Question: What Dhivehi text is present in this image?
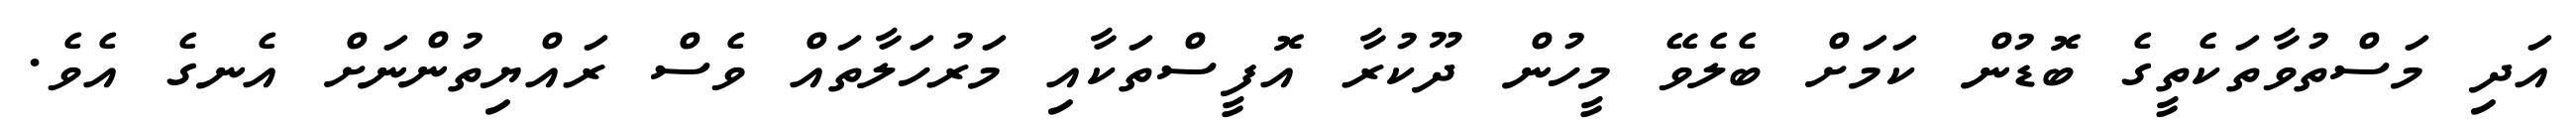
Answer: އަދި މަސްތުވާތަކެތީގެ ބޮޑުން ކަމަށް ބެލެވޭ މީހުން ދޫކުރާ އޮފީސްތަކާއި މަރުހަލާތައް ވެސް ރައްޔިތުންނަށް އެނގެ އެވެ.